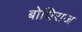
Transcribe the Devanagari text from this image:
बोधिराज